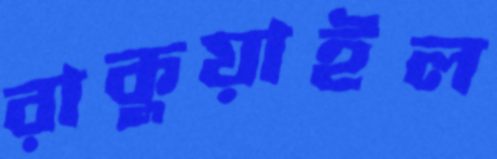
রাকুয়াইল